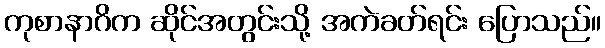
ကုစာနာဂိက ဆိုင်အတွင်းသို့ အကဲခတ်ရင်း ပြောသည်။